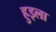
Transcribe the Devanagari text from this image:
हुइला